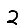
Digit: 2